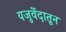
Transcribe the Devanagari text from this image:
यजुर्वेदातून